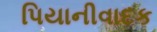
પિયાનીવાદક